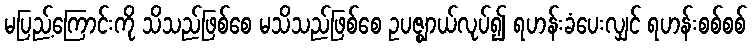
မပြည့်ကြောင်းကို သိသည်ဖြစ်စေ မသိသည်ဖြစ်စေ ဥပဇ္ဈာယ်လုပ်၍ ရဟန်းခံပေးလျှင် ရဟန်းစစ်စစ်